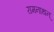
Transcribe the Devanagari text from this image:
रामनाथन्